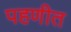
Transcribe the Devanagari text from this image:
पहणीत